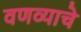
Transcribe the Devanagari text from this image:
वणव्याचे